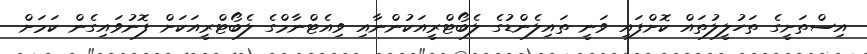
އިސްތަށީގެ ތަހުލީލުތައް ކޮށްފައި ވަނީ ތައިލެންޑުގެ ލެބޯޓްރީއަކުންނާއި ވިއެޓްނާމްގެ ލެބޯޓްރީއަކަށް ފޮނުވައިގެން ކަމަށް